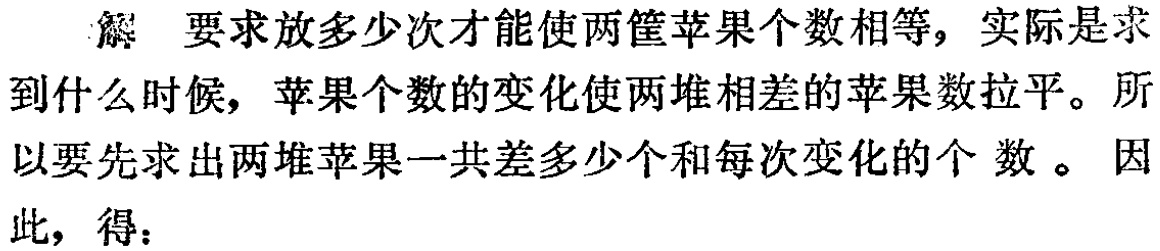
解 要求放多少次才能使两筐苹果个数相等, 实际是求到什么时候, 苹果个数的变化使两堆相差的苹果数拉平。所以要先求出两堆苹果一共差多少个和每次变化的个数。因此, 得：